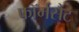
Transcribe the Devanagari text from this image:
फॉर्मसैट